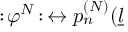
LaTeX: : \! \varphi ^ { N } \! : \, \leftrightarrow p _ { n } ^ { ( N ) } ( \underline { { { l } } }